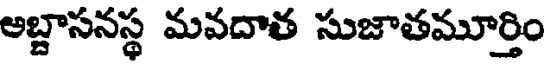
అబ్దాసనస్థ మవదాత సుజాతమూర్తిం